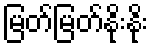
မြတ်မြတ်နိုးနိုး